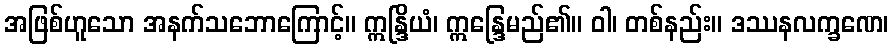
အဖြစ်ဟူသော အနက်သဘောကြောင့်။ ဣန္ဒြိယံ၊ ဣန္ဒြေမည်၏။ ဝါ၊ တစ်နည်း။ ဒဿနလက္ခဏေ၊